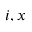
i , x